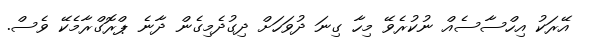
އޭރަކު އިހްސާސެއް ނުކުރެވޭ މިހާ ގިނަ ދުވަހަށް ދިގުދެމިގެން ދާނެ ޕްރޮގްރާމެކޭ ވެސް.